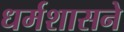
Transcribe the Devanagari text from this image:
धर्मशासने